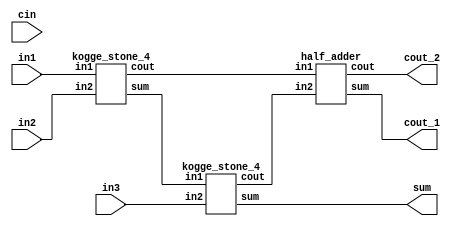
module carry_lookahead_adder_3_4bits(output [3:0] sum,
                                   output cout_1, cout_2,
                                   input [3:0] in1, in2, in3,
                                   input cin);

  /* 
   * Area: 215.408694
   * Power: 0.1080mW
   * Timing: 0.58ns
   */

  wire [3:0] s1;
  wire c1;
  kogge_stone_4      CLA_1(s1,  c1,     in1, in2);
  kogge_stone_4      CLA_2(sum, c2,     s1,   in3);
  half_adder HA_01(cout_1, cout_2, c1, c2);
endmodule

module CLA_4(output [3:0] sum, output cout, input [3:0] in1, input [3:0] in2);

    wire[3:0] G;
    wire[3:0] C;
    wire[3:0] P;

    assign G = in1 & in2;
    assign P = in1 ^ in2;

    assign C[0] = 0;  /* Carry_out = Ci+1 = Gi + Pi*Ci */;
    assign C[1] = G[0] | (P[0] & C[0]);
    assign C[2] = G[1] | (P[1] & C[1]);
    assign C[3] = G[2] | (P[2] & C[2]);
    assign cout = G[3] | (P[3] & C[3]);
    assign sum = P ^ C;
endmodule

module half_adder(output wire sum,
                  output wire cout,
                  input wire in1,
                  input wire in2);
    xor(sum, in1, in2);
    and(cout, in1, in2);
endmodule

module kogge_stone_4(output [3:0] sum,
        output cout,
        input [3:0] in1,
        input [3:0] in2);

    assign cin = 0;
    wire[3:0] G_0;
    wire[3:0] P_0;
    wire[3:0] G_1;
    wire[3:0] P_1;
    wire[3:0] G_2;
    wire[3:0] P_2;
    wire[3:0] G_3;
    wire[3:0] P_3;

    assign G_0 = in1 & in2;
    assign P_0 = in1 ^ in2;

    /*Stage 1*/
    gray_cell level_1_0(cin, P_0[0], G_0[0], G_1[0]);
    black_cell level_0_1(G_0[0], P_0[1], G_0[1], P_0[0], G_1[1], P_1[1]);
    black_cell level_0_2(G_0[1], P_0[2], G_0[2], P_0[1], G_1[2], P_1[2]);
    black_cell level_0_3(G_0[2], P_0[3], G_0[3], P_0[2], G_1[3], P_1[3]);

    /*Stage 2*/
    gray_cell level_2_1(cin, P_1[1], G_1[1], G_2[1]);
    gray_cell level_2_2(G_1[0], P_1[2], G_1[2], G_2[2]);
    black_cell level_1_3(G_1[1], P_1[3], G_1[3], P_1[1], G_2[3], P_2[3]);

    /*Stage 3*/
    gray_cell level_3_3(cin, P_2[3], G_2[3], cout);

    assign sum[0] = cin    ^ P_0[0];
    assign sum[1] = G_1[0] ^ P_0[1];
    assign sum[2] = G_2[1] ^ P_0[2];
    assign sum[3] = G_2[2] ^ P_0[3];
endmodule

module gray_cell(Gk_j, Pi_k, Gi_k, G);
    input Gk_j, Pi_k, Gi_k;
    output G;
    wire Y;
    and(Y, Gk_j, Pi_k);
    or(G, Y, Gi_k);
endmodule

module black_cell(Gk_j, Pi_k, Gi_k, Pk_j, G, P);
    input Gk_j, Pi_k, Gi_k, Pk_j;
    output G, P;
    wire Y;
    and(Y, Gk_j, Pi_k);
    or(G, Gi_k, Y);
    and(P, Pk_j, Pi_k);
endmodule